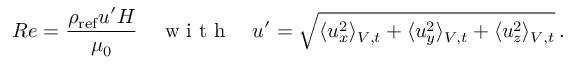
R e = \frac { \rho _ { \mathrm { r e f } } u ^ { \prime } H } { \mu _ { 0 } } \quad \mathrm { ~ w ~ i ~ t ~ h ~ } \quad u ^ { \prime } = \sqrt { \langle u _ { x } ^ { 2 } \rangle _ { V , t } + \langle u _ { y } ^ { 2 } \rangle _ { V , t } + \langle u _ { z } ^ { 2 } \rangle _ { V , t } } \, .